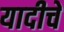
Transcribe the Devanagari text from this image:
यादीचे